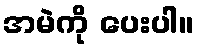
အမဲကို ပေးပါ။